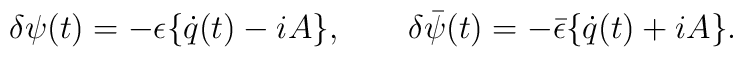
\delta \psi (t) = -\epsilon \{\dot{q}(t) - iA\},\qquad\delta \bar{\psi }(t) = -\bar{\epsilon }\{\dot{q}(t) + iA\}.